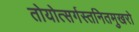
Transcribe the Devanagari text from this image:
तोयोत्सर्गस्तनितमुखरो